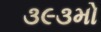
૩૯૩મો